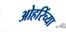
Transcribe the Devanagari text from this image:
ओहरिंच्या